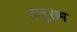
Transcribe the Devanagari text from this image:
नानुराम